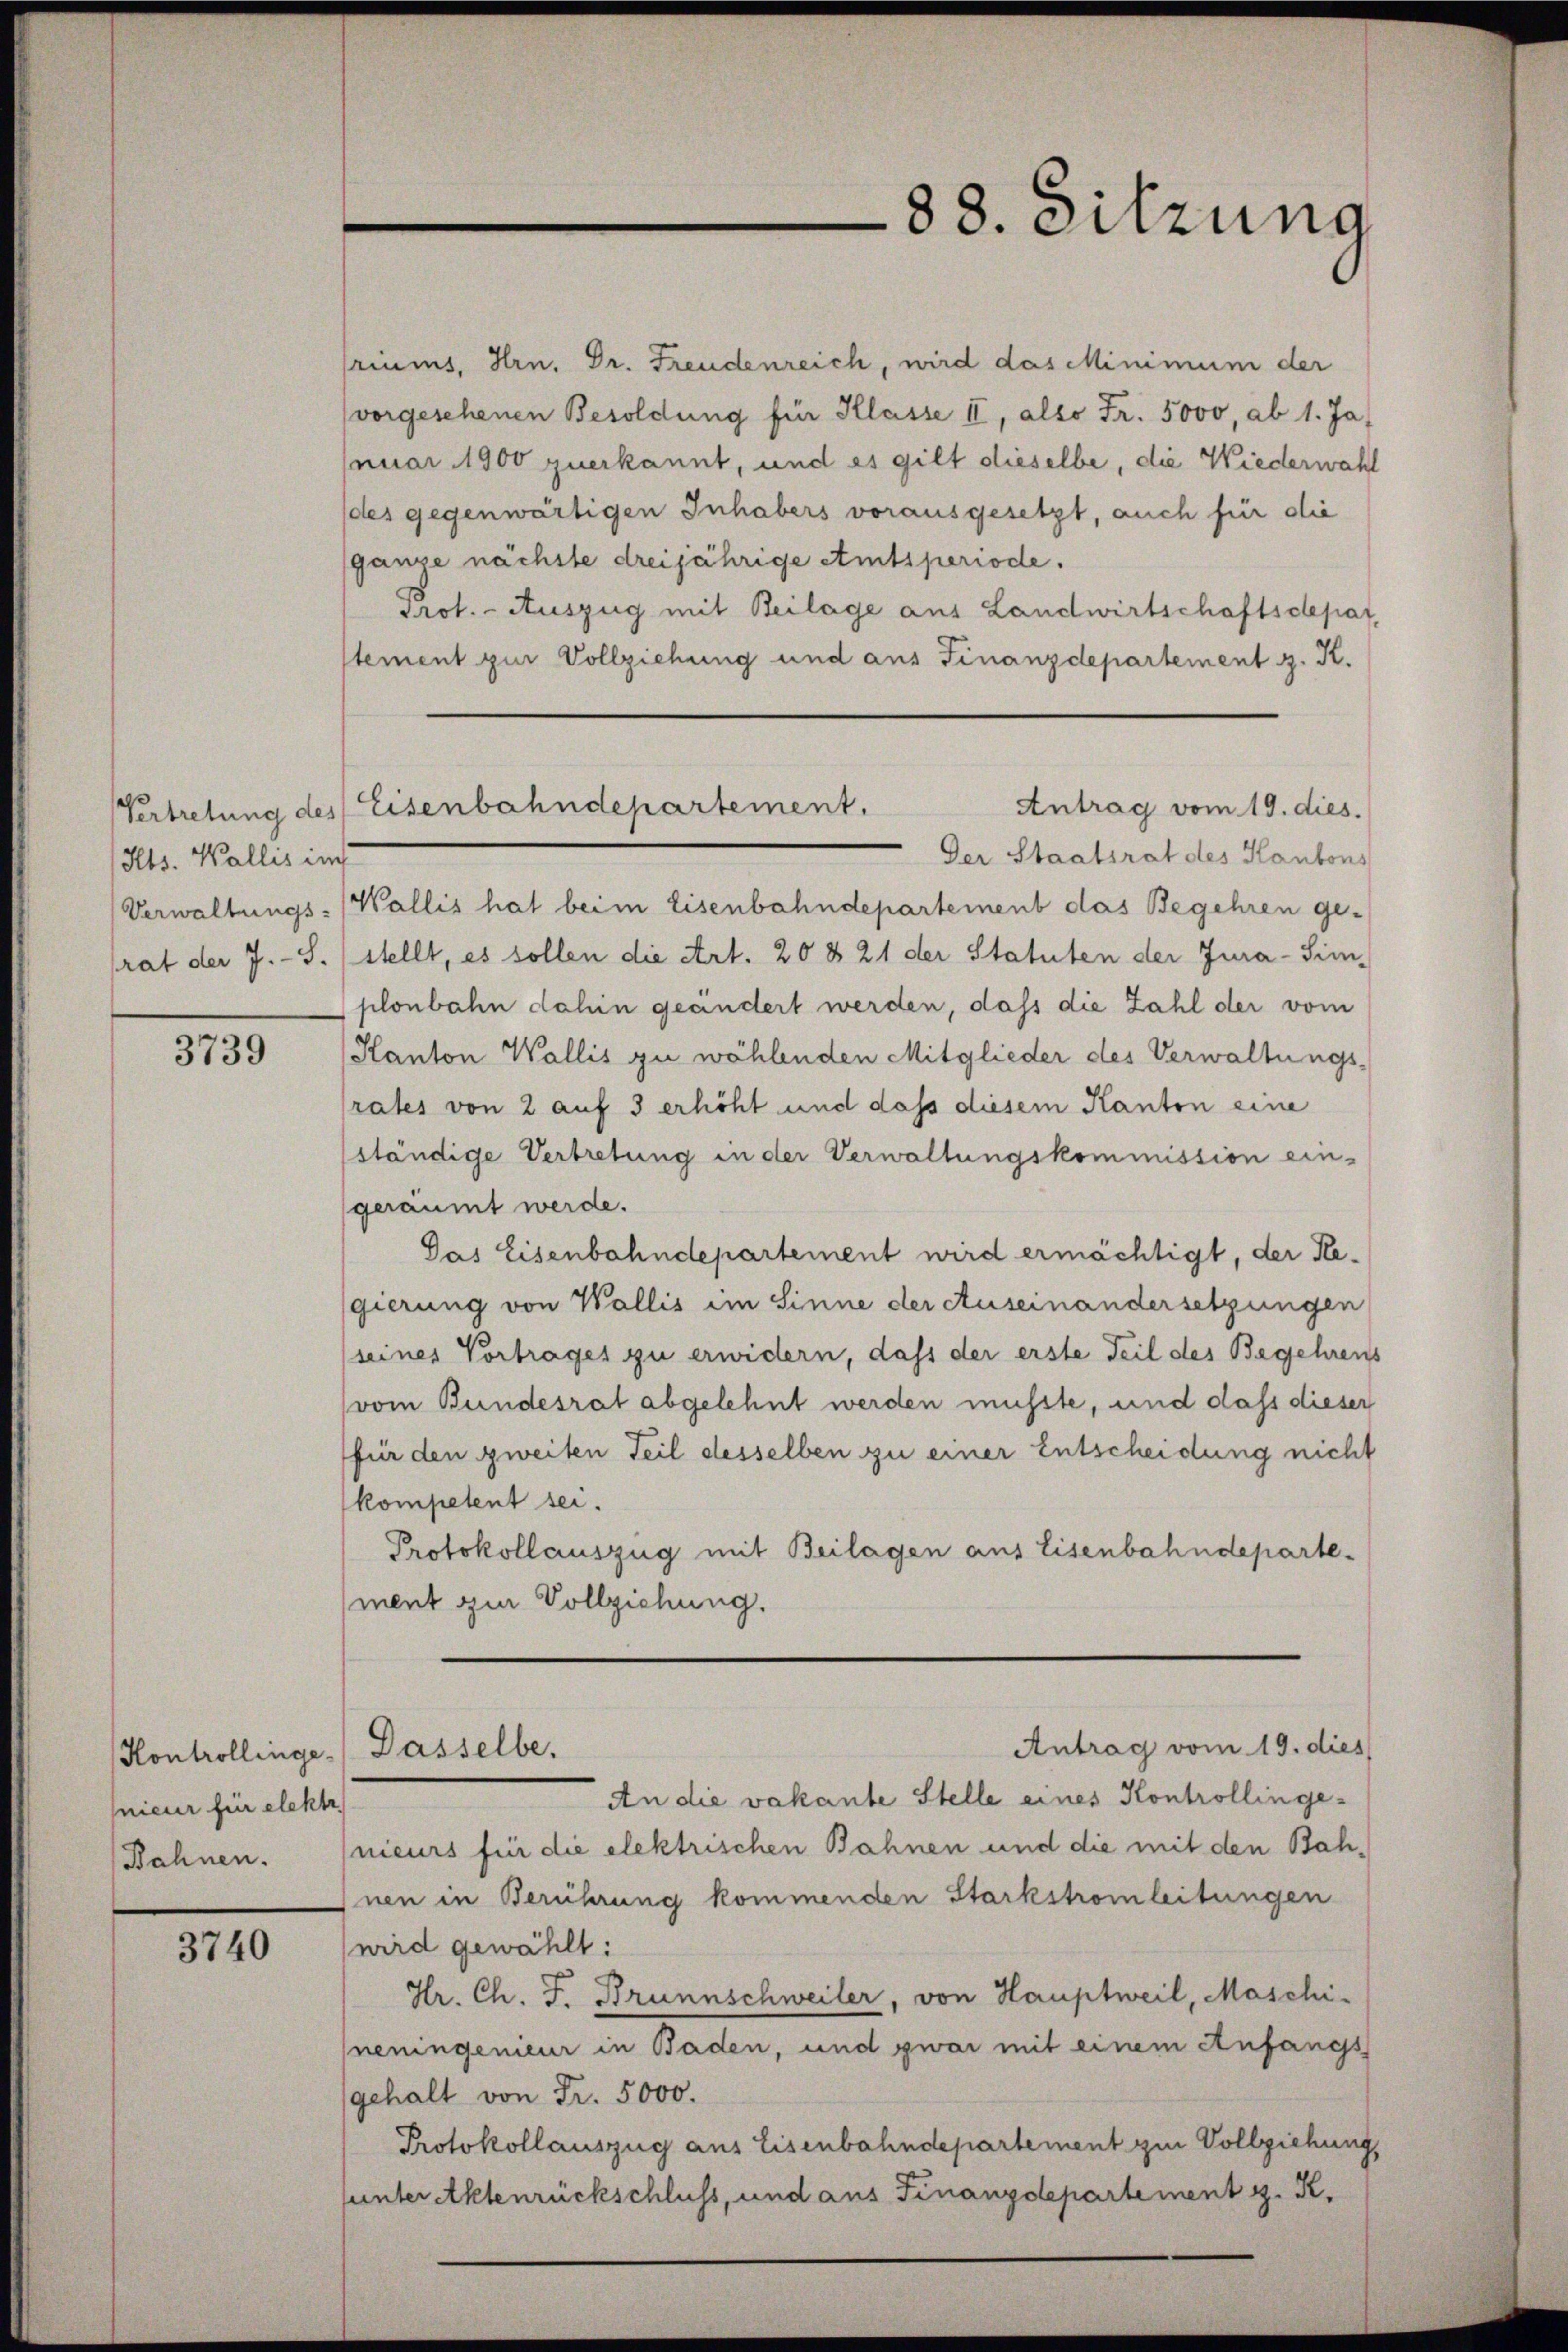
Its. Wallis im

3739

nieur für elektr
Bahnen.

3740

riums, Hrn. Dr. Freudenreich, wird das Minimum der
vorgesehenen Besoldung für Klasse II, also Fr. 5000, ab 1. Ja,
(nuar 1900 zuerkannt, und es gilt dieselbe, die Wiederwahl
des gegenwärtigen Inhabers vorausgesetzt, auch für die
ganze nächste dreijährige Amtsperiode.
Prot. - Auszug mit Beilage aus Landwirtschaftsdepat.
stement zur Vollziehung und aus Finanzdepartement z. K.

Kontrollinge. Dasselbe,

88. Sitzung

Der Staatsrat des Kantons
Verwaltungs-Wallis hat beim Eisenbahndepartement das Begehren ge-
trat der 7.-S. (stellt, es sollen die Art. 20 § 21 der Statuten der Jura-Sim-
plonbahn dahin geändert werden, dass die Zahl der vom
Kanton Wallis zu wählenden Mitglieder des Verwaltungsrates von 2 auf 3 erhöht und dass diesem Kanton eine
ständige Vertretung in der Verwaltungskommission ein-
geräumt werde.
Das Eisenbahndepartement wird ermächtigt, der Regierung von Wallis im Sinne der Auseinandersetzungen
seines Vortrages zu erwidern, dass der erste Teil des Begehrens
(vom Bundesrat abgelehnt werden musste, und dass dieser
für den zweiten Teil desselben zu einer Entscheidung nicht
kompetent sei.
Protokollauszug mit Beilagen aus Eisenbahndeparte-
(ment zur Vollziehung.

Antrag vom 19. dies.
Vertretung des Eisenbahndepartement.

An die vakante Stelle eines Kontrollingenieurs für die elektrischen Bahnen und die mit den Bahnen in Berührung kommenden Starkstromleitungen
wird gewählt:
Hr. Ch. F. Brunnschweiler, von Hauptweil, Maschi
neningenieur in Baden, und zwar mit einem Anfangs
gehalt von Fr. 5000.
Protokollauszug aus Eisenbahndepartement zur Vollziehung,
sunter Aktenrückschluss, und aus Finanzdepartement z. R.

Antrag vom 19. dies